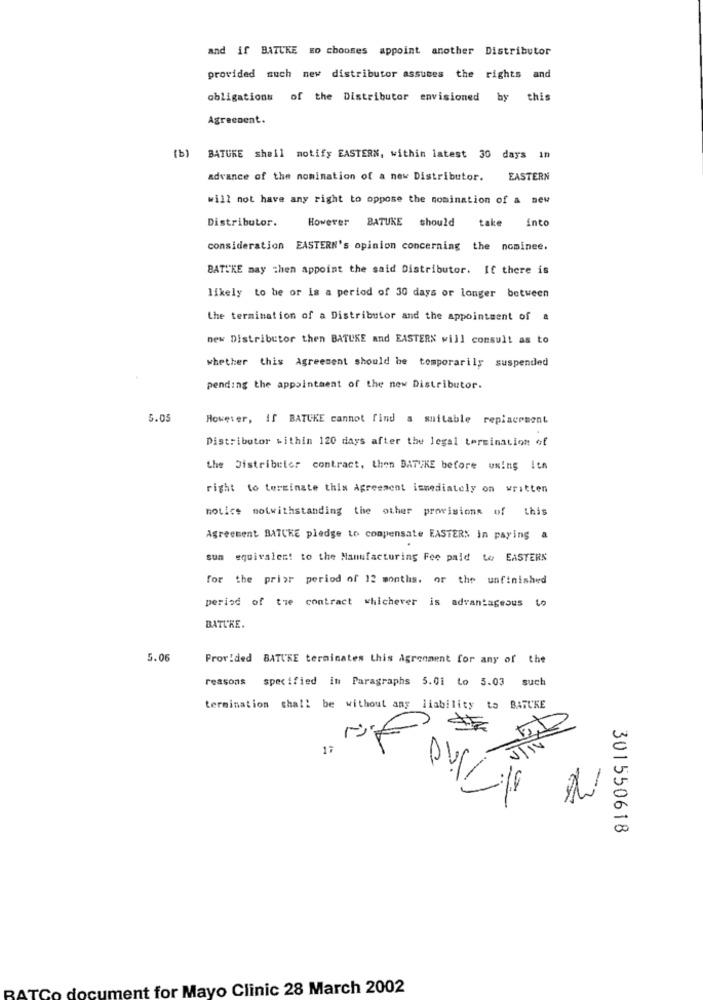
and if BATCKE go chooses appoint another Distributor
provided such new distributor assumes the rights and
obligations of the Distributor envisioned by this
Agreement.
(b) BATURE shell notify EASTERN, within latest 30 days in
advance of the nomination of a new Distributor.
EASTERN
will not have any right to oppose the nomination of a new
Distributor.
However BATUKE should
take into
consideration EASTERN's opinion concerning the nominee.
BATI'KE may then appoint the said Distributor. If there is
likely to be or is a period of 30 days or longer between
the termination of a Distributor and the appointment of a
new Distributor then BATUSE and EASTERN will consult as to
whether this Agreement should be temporarily suspended
pending the appointment of the new Distributor.
5.03
However, If BATUKE cannot find a suitable replacement
Distributor within 120 days after the legal termination of
the Distributor contract, then BATVKE before using Its
right to terminate this Agreement immediately on written
notice notwithstanding the other provisions of this
Agreement BATCKE pledge to compensate EASTERS in paying
a
sum equivalent to the Manufacturing For paid to EASTERS
for the prior period of 12 months. or the unfinished
period of the contract whichever is advantagesus to
BATURE.
5.06
Provided BATUKE terminates this Agreement for any of the
reasons specified in Paragraphs 5.01 Lo 5.03 such
termination shall be without any liability to BATCKE
17
JUIN
301550618
RATCo document for Mayo Clinic 28 March 2002